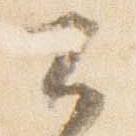
公